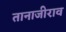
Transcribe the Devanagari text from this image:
तानाजीराव